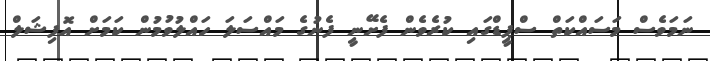
ނަމަވެސް މަސައްކަތް ސްޕީޑްގައި ކުރެވެން ފެށޭނީ ފެނުގެ މައްސަލަ ހައްލުވުމުން ކަމަށް އޮފިޝަލް